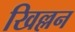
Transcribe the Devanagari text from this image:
खिल्लन